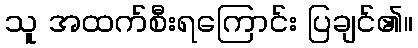
သူ အထက်စီးရကြောင်း ပြချင်၏။